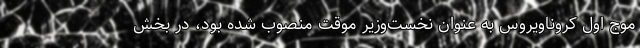
موج اول کروناویروس به عنوان نخست‌وزیر موقت منصوب شده بود، در بخش